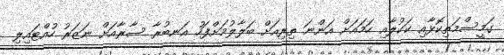
ގަމީސްމަތިކޮޅާއި ކަކުލާއި ހަމައަށް އަންނަ ތިރިއަށް ބަލާލުމަށްފަހު އަނބުރާ ސާރާއަށް ނަޒަރު ހުއްޓައިލި